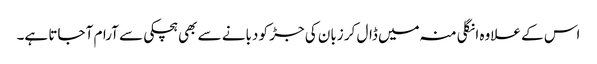
اس کے علاوہ انگلی منہ میں ڈال کر زبان کی جڑ کو دبانے سے بھی ہچکی سے آرام آ جاتا ہے۔